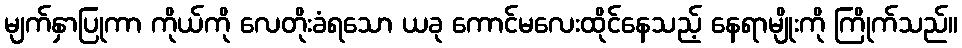
မျက်နှာပြုကာ ကိုယ်ကို လေတိုးခံရသော ယခု ကောင်မလေးထိုင်နေသည့် နေရာမျိုးကို ကြိုက်သည်။